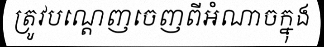
ត្រូវបណ្តេញចេញពីអំណាចក្នុង